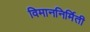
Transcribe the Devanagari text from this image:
विमाननिर्मिती